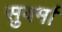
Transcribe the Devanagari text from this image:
सुवर्मा